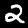
Label: 2